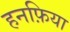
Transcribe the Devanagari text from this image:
हनफ़िया